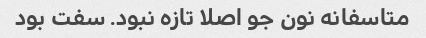
متاسفانه نون جو اصلا تازه نبود. سفت بود